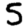
Digit: 5